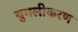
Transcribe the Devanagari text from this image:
युगलीकरण